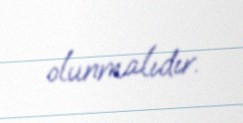
olunmalıdır.